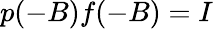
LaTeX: p(-B)f(-B)=I